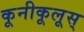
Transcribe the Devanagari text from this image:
कूनीकूलूस्